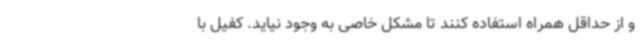
و از حداقل همراه استفاده کنند تا مشکل خاصی به وجود نیاید. کفیل با